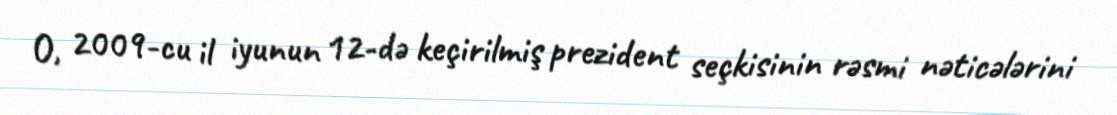
O, 2009-cu il iyunun 12-də keçirilmiş prezident seçkisinin rəsmi nəticələrini